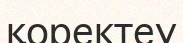
қоректеу